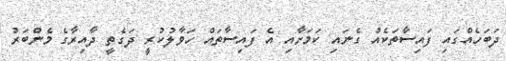
ދަބަހެއްގައި ފައިސާތަކެއް ގެނައި ކަމަށާއި އެ ފައިސާތައް ހަވާލުކުރީ ދަގެތީ ދާއިރާގެ މެންބަރު